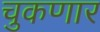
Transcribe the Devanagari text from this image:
चुकणार